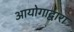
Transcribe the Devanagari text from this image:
आयोगाद्वारा